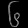
Digit: ၆